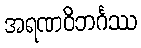
အရဏဝိဘင်္ဂဿ